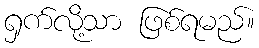
ရှက်လို့သာ ဖြစ်ရမည်။